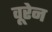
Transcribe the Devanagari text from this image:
वूरेन